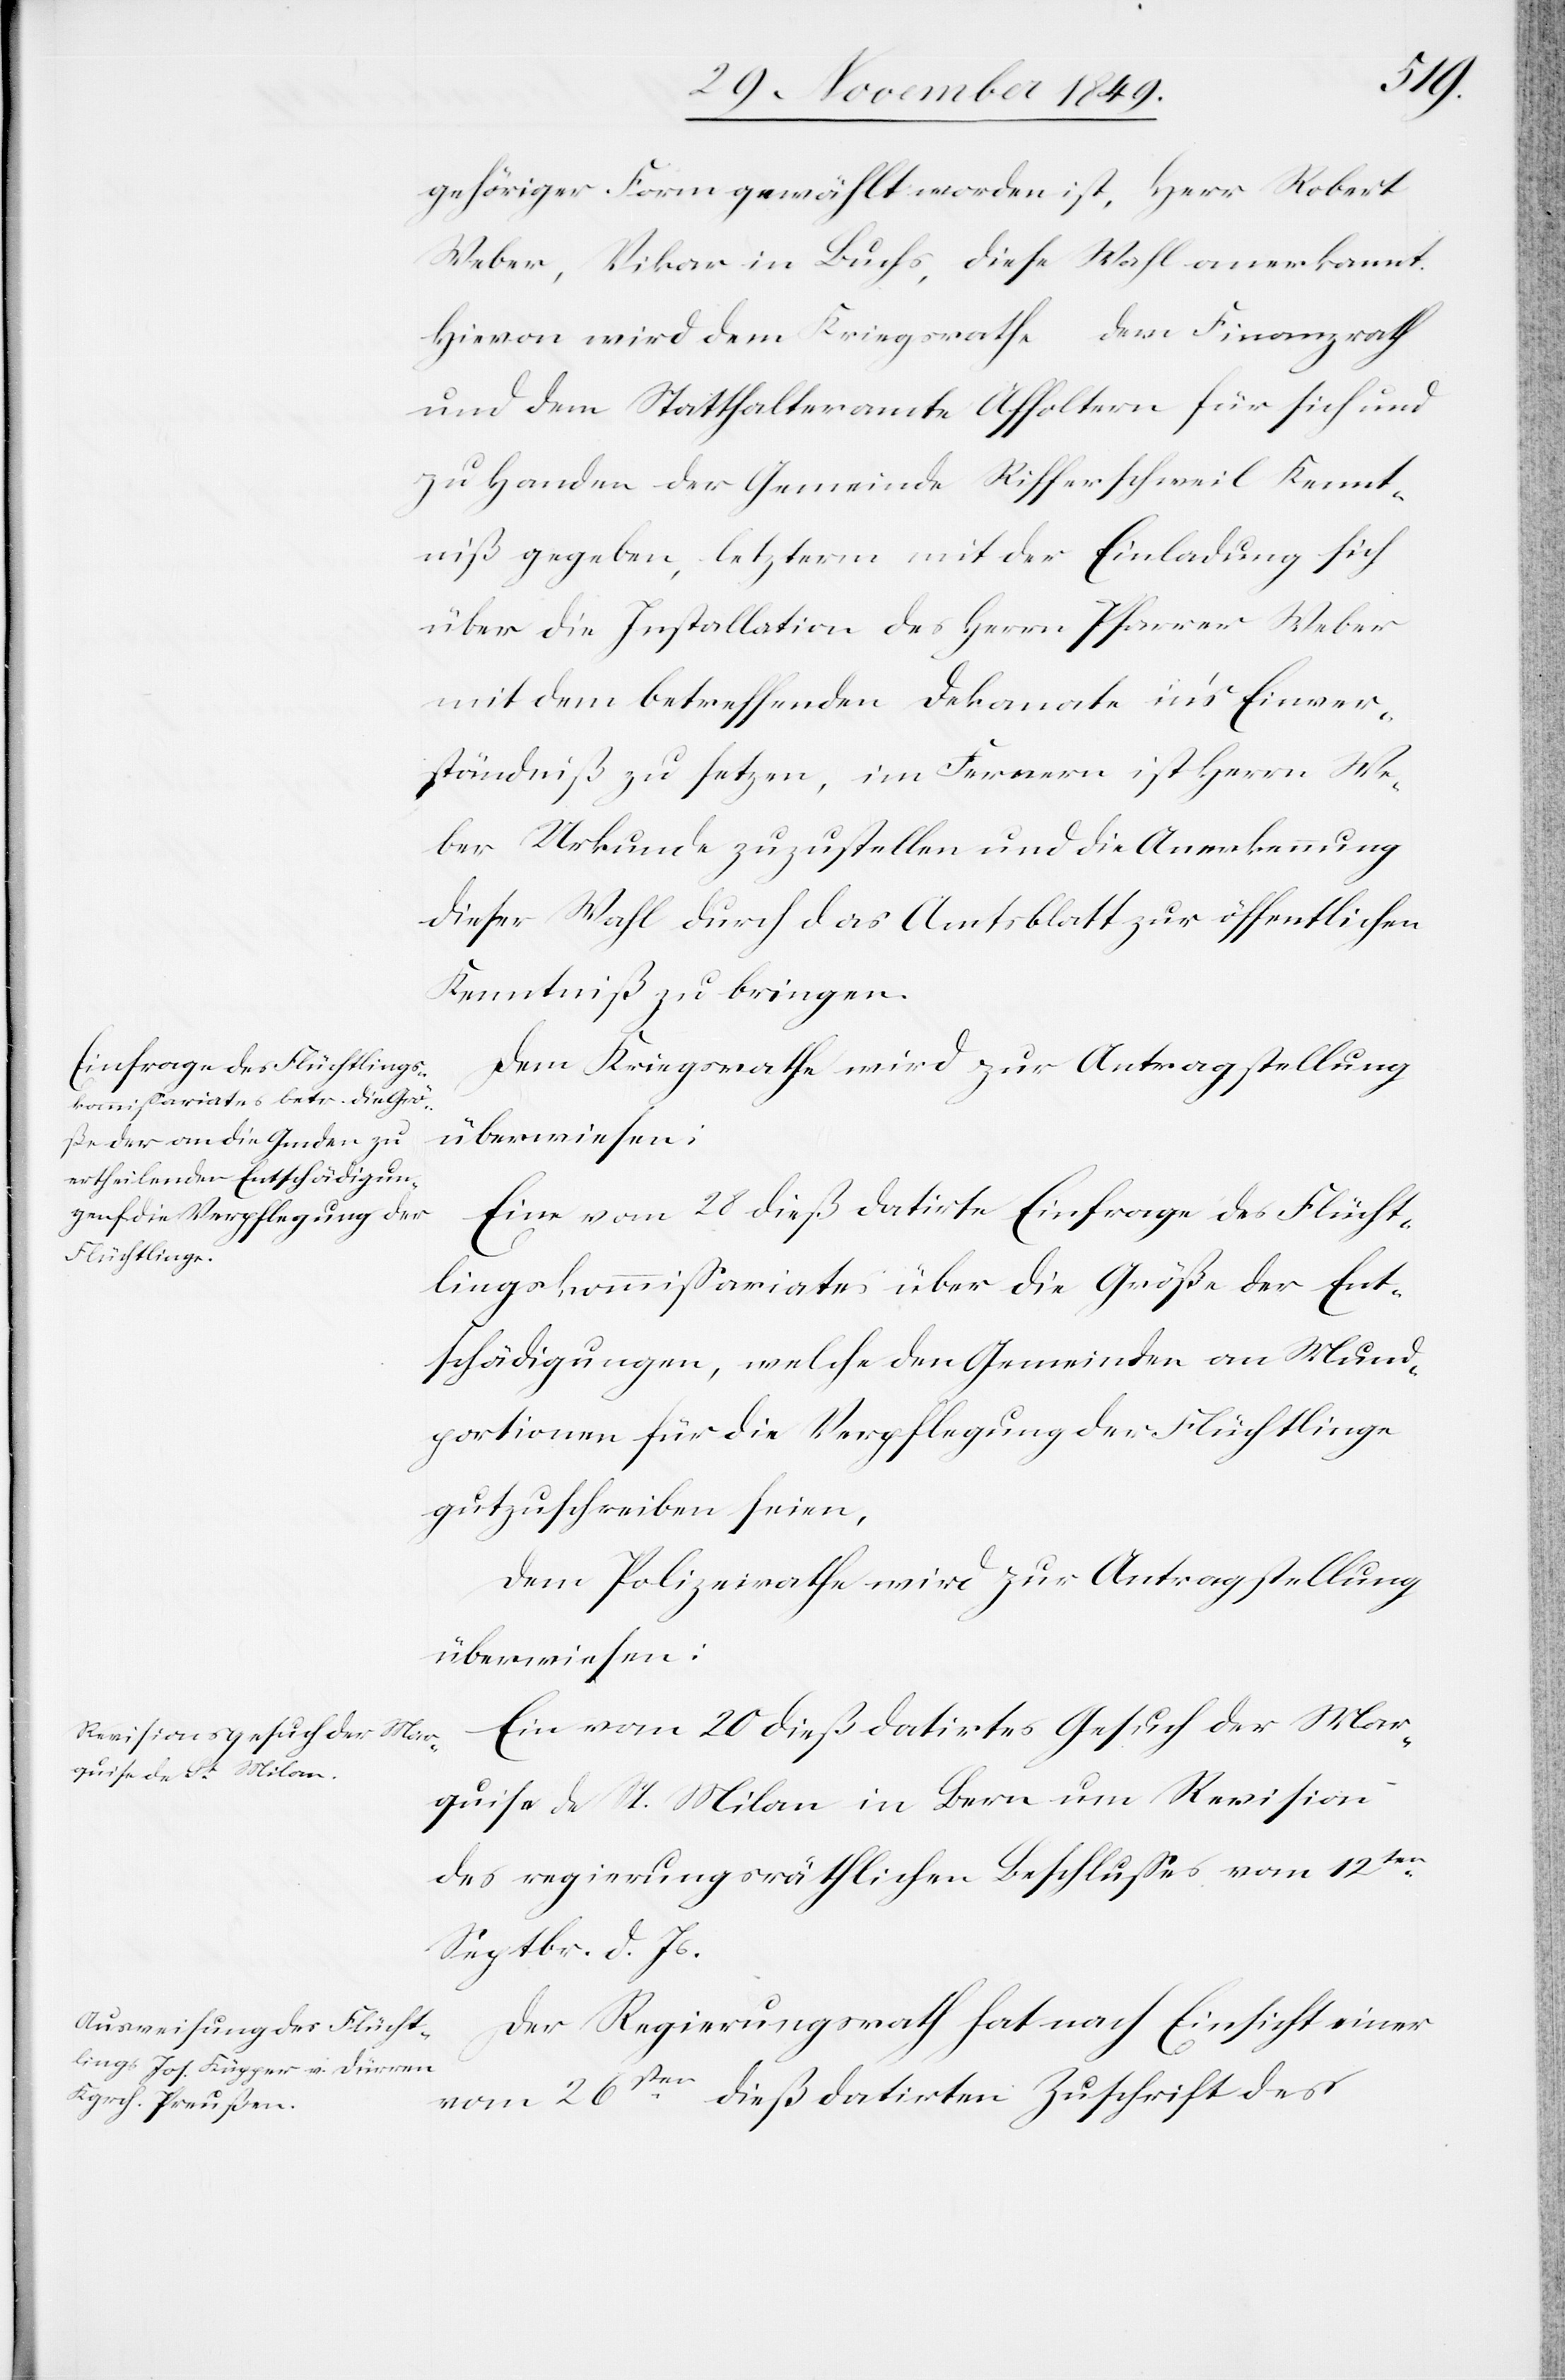
gehöriger Form gewählt worden ist, Herr Robert
Weber, Vikar in Buchs, diese Wahl anerkannt.
Hievon wird dem Kriegsrathe dem Finanzrath
und dem Statthalteramte Affoltern für sich und
zu Handen der Gemeinde Rifferschweil Kennt¬
niß gegeben, letzterm mit der Einladung sich
über die Installation des Herrn Pfarrer Weber
mit dem betreffenden Dekanate in’s Einver¬
ständniß zu setzen, im Fernern ist Herrn We¬
ber Urkunde zuzustellen und die Anerkennung
dieser Wahl durch das Amtsblatt zur öffentlichen
Kenntniß zu bringen.
Dem Kriegsrathe wird zur Antragstellung
Eine vom 28 dieß datirte Einfrage des Flücht¬
lingskommißariates über die Größe der Ent¬
schädigungen, welche den Gemeinden an Mund¬
portionen für die Verpflegung der Flüchtlinge
gutzuschreiben seien.
Dem Polizeirathe wird zur Antragstellung
überwiesen:
Ein vom 20 dieß datirtes Gesuch der Mar¬
quise de St. Milan in Bern um Revision
des regierungsräthlichen Beschlußes vom 12ten
Septbr. d. Js.
Der Regierungsrath hat nach Einsicht einer
vom 26ten dieß datirten Zuschrift des